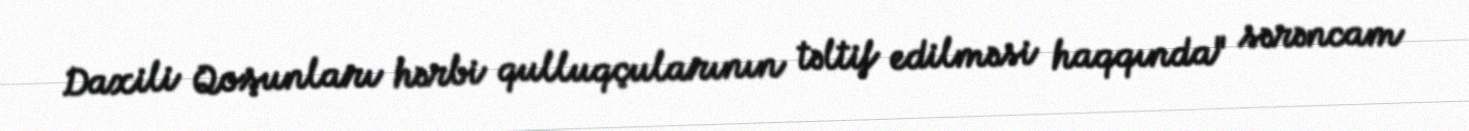
Daxili Qoşunları hərbi qulluqçularının təltif edilməsi haqqında" sərəncam